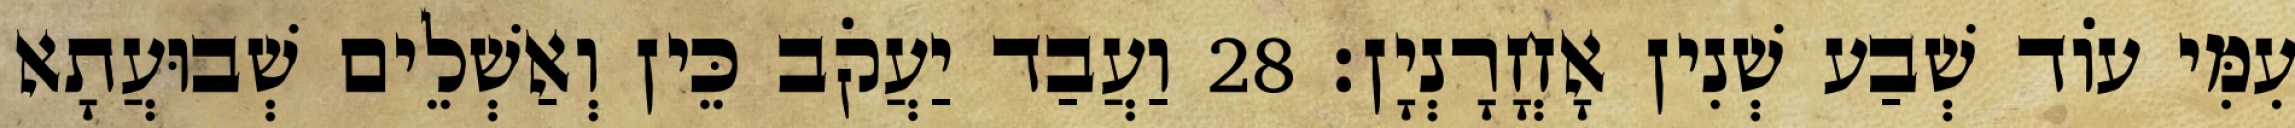
עִמִּי עוֹד שְׁבַע שְׁנִין אָחֳרָנְיָן׃ 28 וַעֲבַד יַעֲקֹב כֵּין וְאַשְׁלֵים שְׁבוּעֲתָא